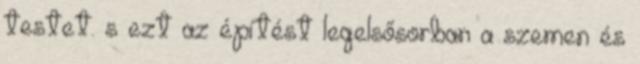
testet. s ezt az építést legelsősorban a szemen és